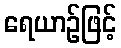
ရေယာဉ်ဖြင့်